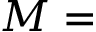
M =